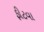
ફીટવા